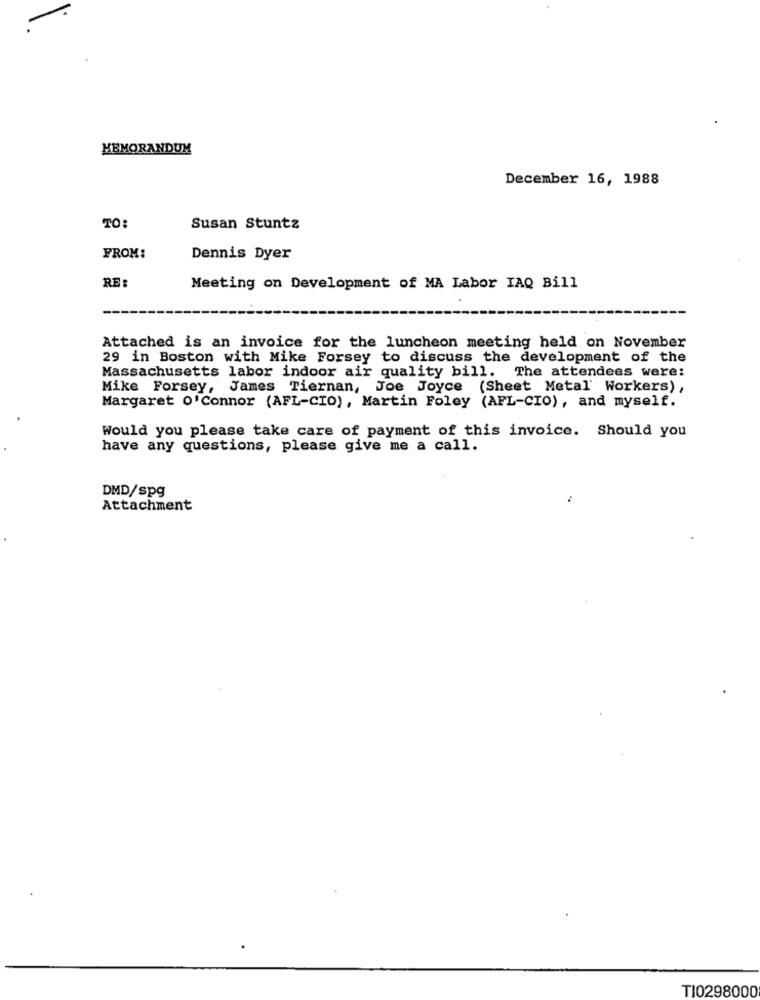
MEMORANDUM
December 16, 1988
TO:
Susan Stuntz
FROM:
Dennis Dyer
RE:
Meeting on Development of MA Labor IAQ Bill
Attached is an invoice for the luncheon meeting held on November
29 in Boston with Mike Forsey to discuss the development of the
Massachusetts labor indoor air quality bill. The attendees were:
Mike Forsey, James Tiernan, Joe Joyce (Sheet Metal' Workers),
Margaret O'connor (AFL-CIO), Martin Foley (AFL-CIO), and myself.
Would you please take care of payment of this invoice. Should you
have any questions, please give me a call.
DMD/spg
Attachment
TI0298000